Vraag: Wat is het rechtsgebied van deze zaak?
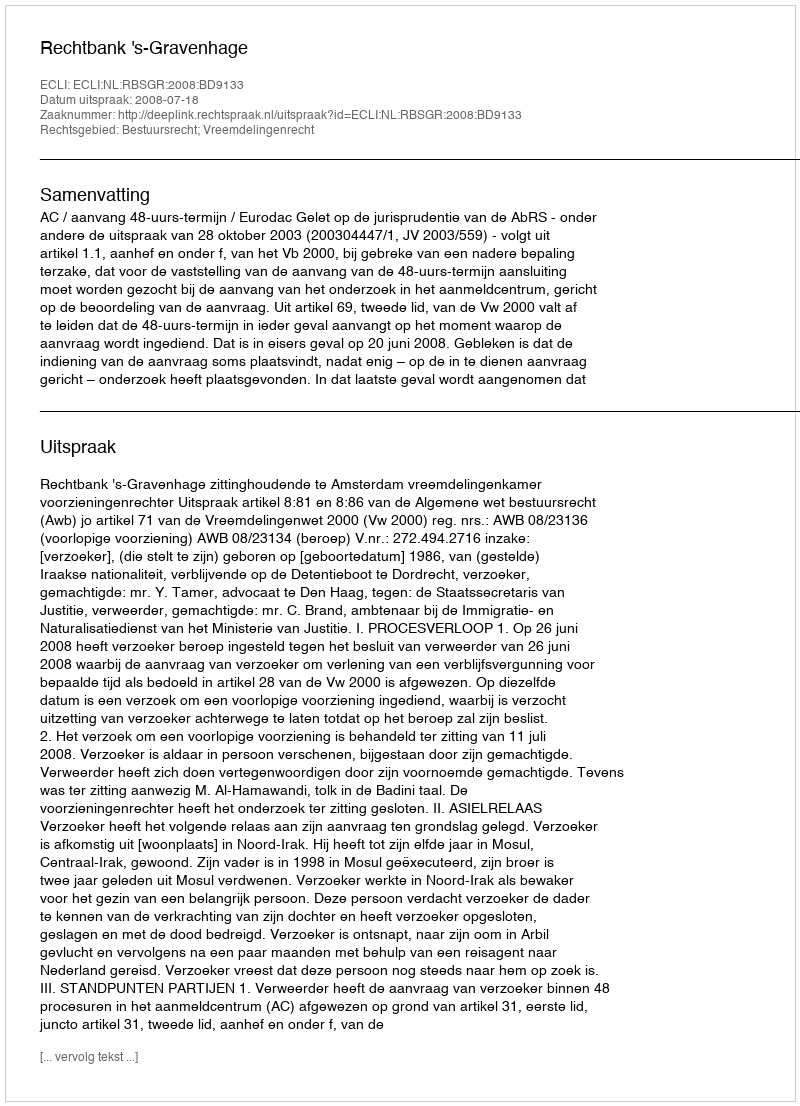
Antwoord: Bestuursrecht; Vreemdelingenrecht